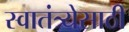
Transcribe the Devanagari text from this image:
स्वातंत्र्येसाठी